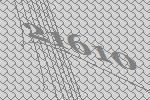
21610